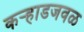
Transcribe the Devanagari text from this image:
कऱ्हाडजवळ